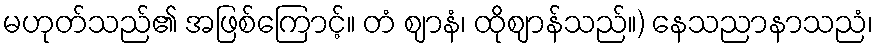
မဟုတ်သည်၏ အဖြစ်ကြောင့်။ တံ ဈာနံ၊ ထိုဈာန်သည်။) နေသညာနာသညံ၊